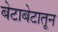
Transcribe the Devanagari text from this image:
बेटाबेटातून